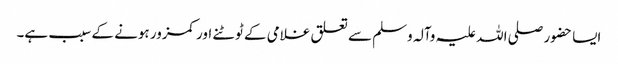
ایسا حضور صلی اللہ علیہ وآلہ وسلم سے تعلق غلامی کے ٹوٹنے اور کمزور ہونے کے سبب ہے۔